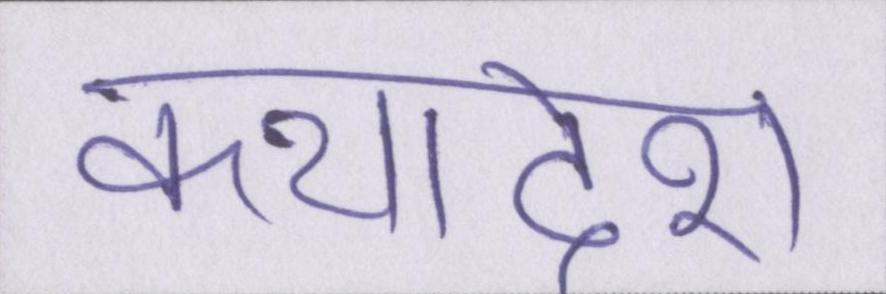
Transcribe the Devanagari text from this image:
कथादेश